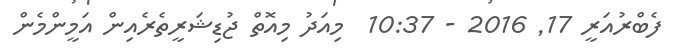
ފެބްރުއަރީ 17